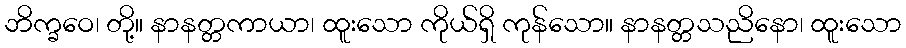
ဘိက္ခဝေ၊ တို့။ နာနတ္တကာယာ၊ ထူးသော ကိုယ်ရှိ ကုန်သော။ နာနတ္တသညိနော၊ ထူးသော